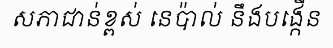
សភាជាន់ខ្ពស់ នេប៉ាល់ នឹងបង្កើន